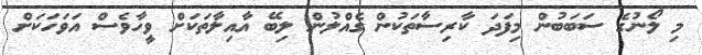
މި ލޯނުގެ ސަބަބުން މިފަދަ ކާރިސާތަކުން ގެއްލުން ލިބޭ އާއިލާތަކަށް ވީހާވެސް އަވަހަކަށް